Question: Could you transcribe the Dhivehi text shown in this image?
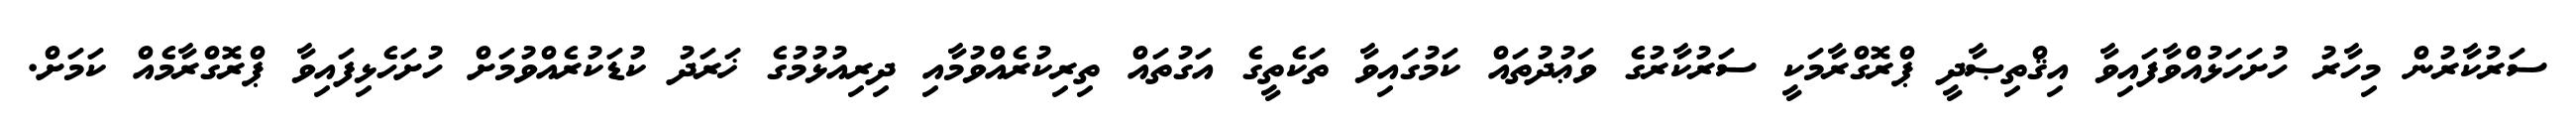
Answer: ސަރުކާރުން މިހާރު ހުށަހަޅުއްވާފައިވާ އިޤްތިޞާދީ ޕްރޮގްރާމަކީ ސަރުކާރުގެ ވަޢުދުތައް ކަމުގައިވާ ތަކެތީގެ އަގުތައް ތިރިކުރެއްވުމާއި ދިރިއުޅުމުގެ ޚަރަދު ކުޑަކުރެއްވުމަށް ހުށަހެޅިފައިވާ ޕްރޮގްރާމެއް ކަމަށް.